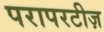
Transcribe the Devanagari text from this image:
परापरटीज़